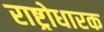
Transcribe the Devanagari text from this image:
राष्ट्रोधारक